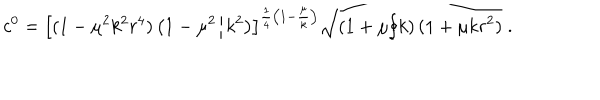
LaTeX: c ^ { 0 } = \left[ ( 1 - \mu ^ { 2 } k ^ { 2 } r ^ { 4 } ) \left( 1 - \mu ^ { 2 } / k ^ { 2 } \right) \right] ^ { \frac { 1 } { 4 } \left( 1 - \frac { \mu } { k } \right) } \sqrt { \left( 1 + \mu / k \right) ( 1 + \mu k r ^ { 2 } ) } \; .